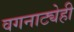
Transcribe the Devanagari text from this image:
वगनाट्येही